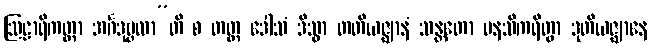
ဩဠာရိကတ္တာ အင်္ဂဒုဗ္ဗလာ”တိ စ တတ္ထ ဒေါသံ ဒိသွာ တတိယဇ္ဈာနံ သန္တတော မနသိကရိတွာ ဒုတိယဇ္ဈာနေ